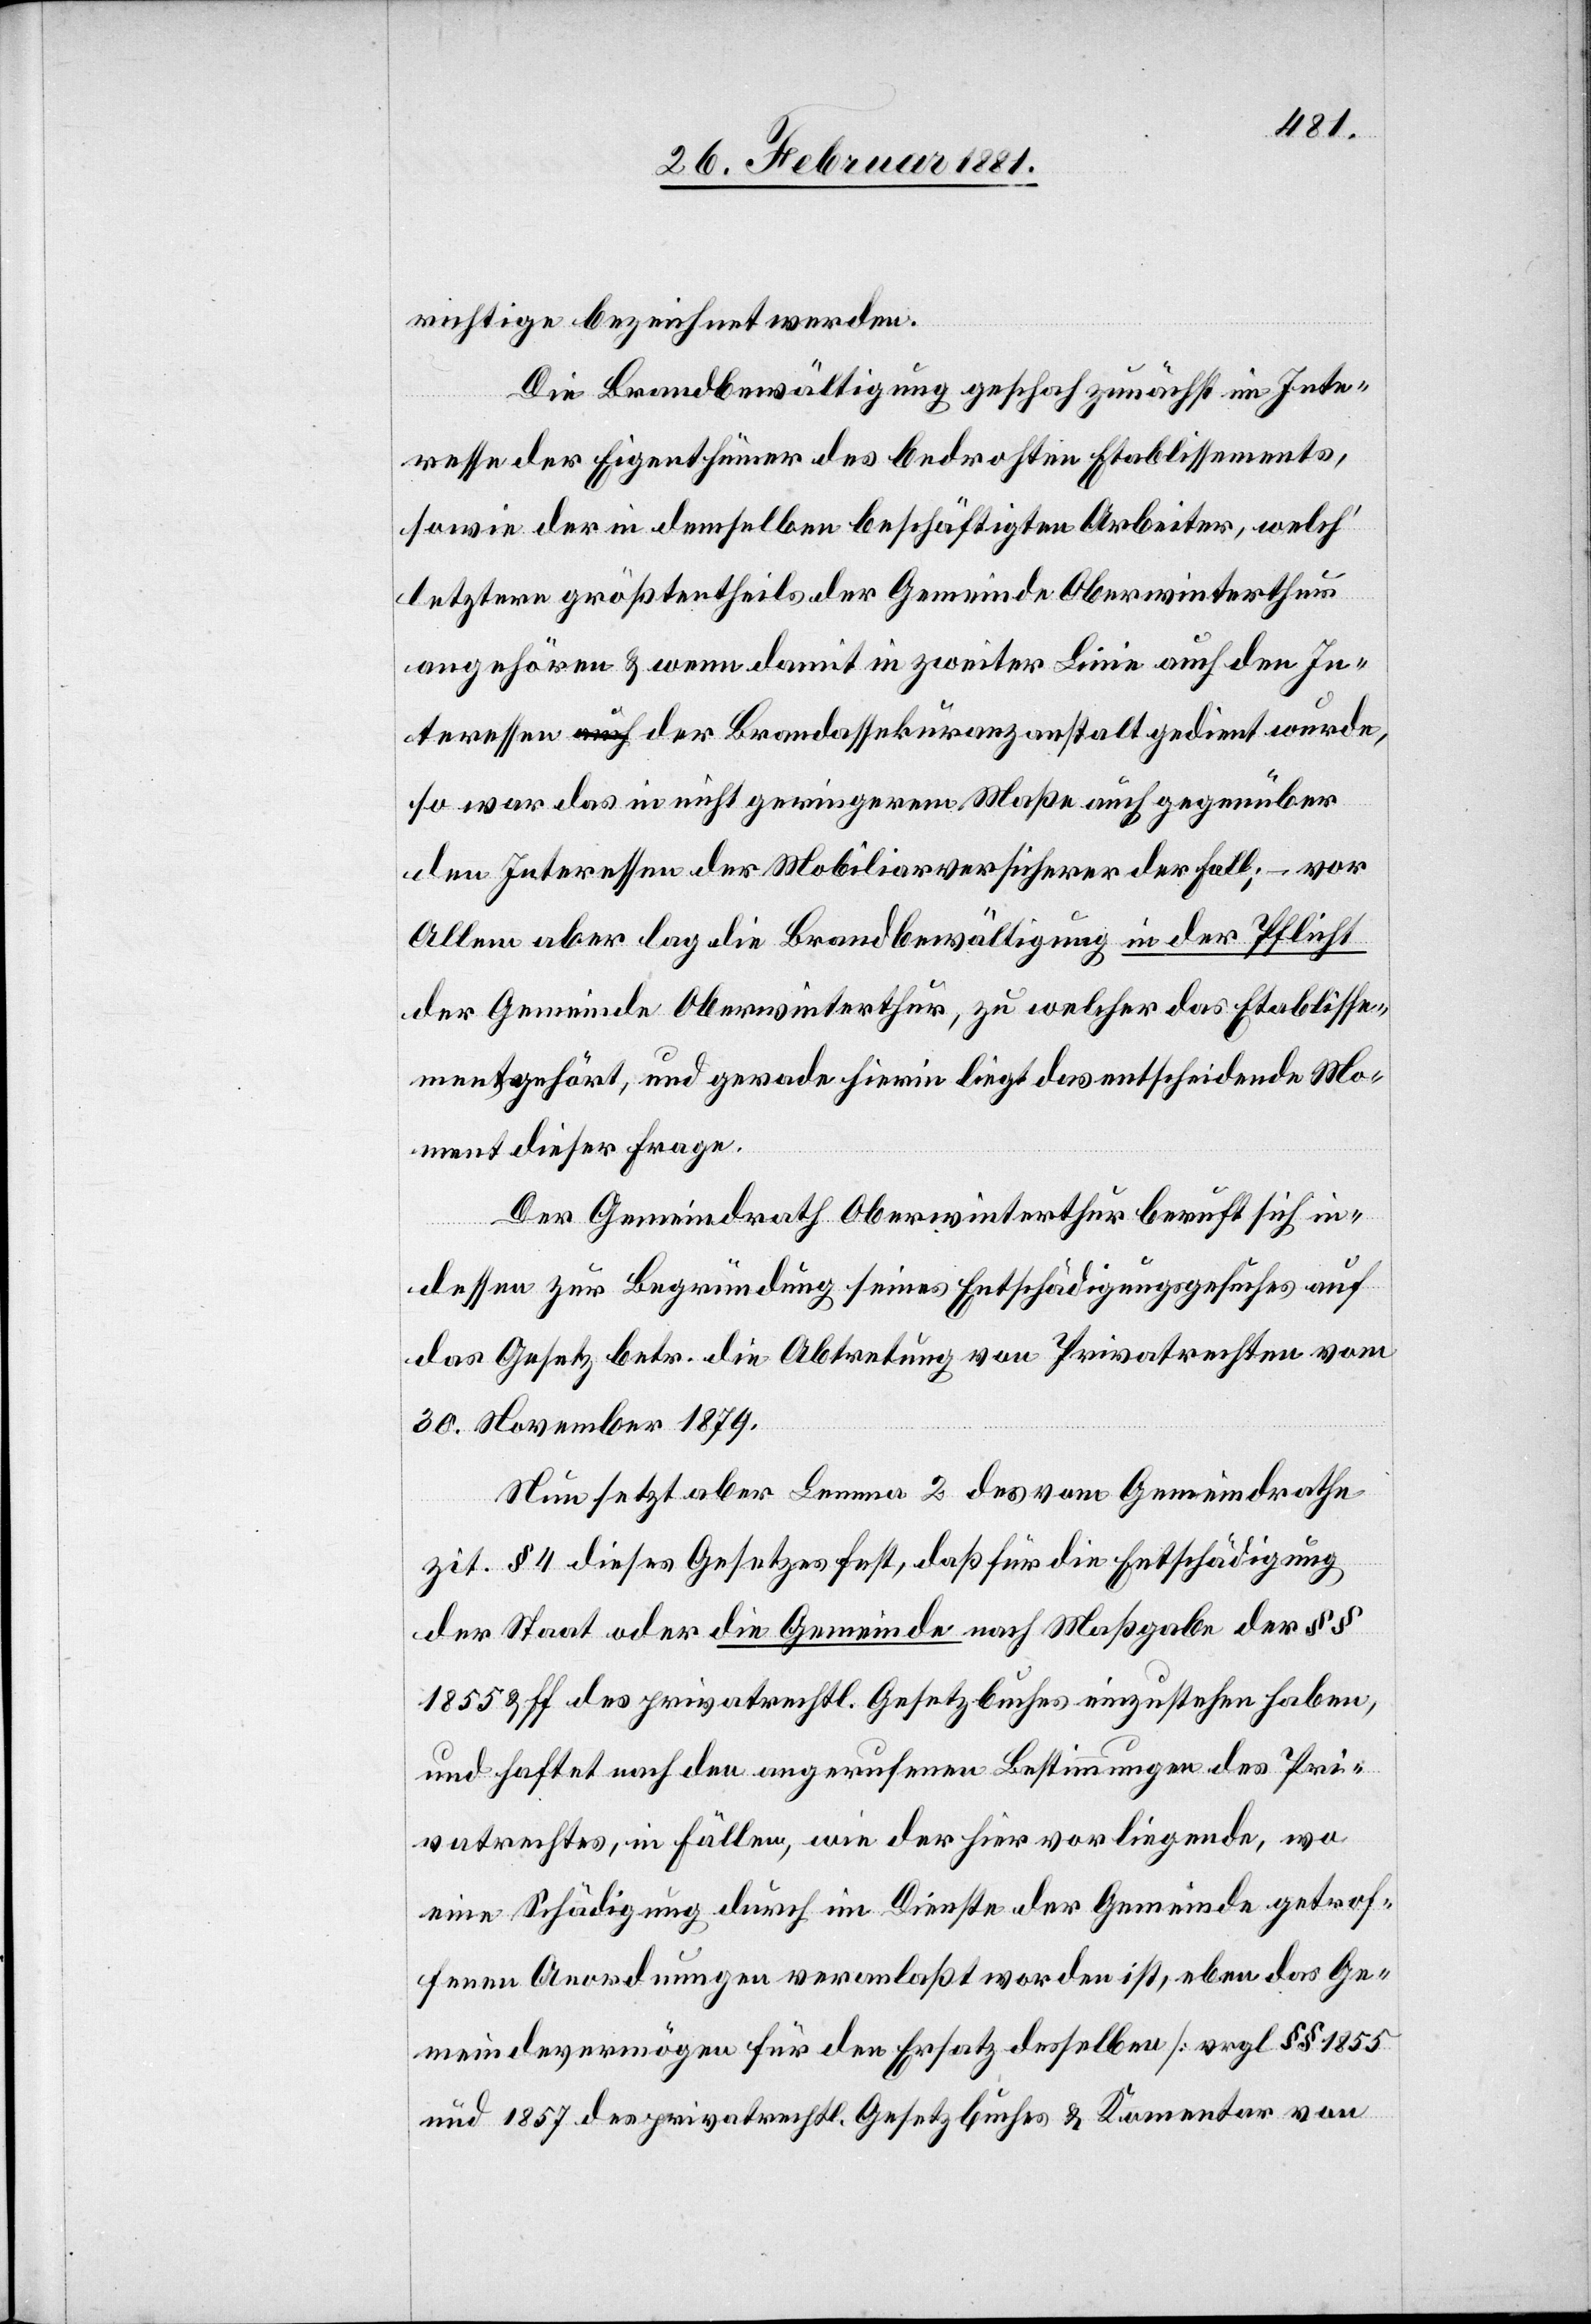
richtige bezeichnet werden.
Die Brandbewältigung geschah zunächst im Inte¬
resse der Eigenthümer des bedrohten Etablissements,
sowie der in demselben beschäftigten Arbeiter, welch‘
letztere größtentheils der Gemeinde Oberwinterthur
angehören & wenn damit in zweiter Linie auch den In¬
teressen der Brandassekuranzanstalt gedient wurde,
so war das in nicht geringerem Maße auch gegenüber
den Interessen der Mobiliarversicherer der Fall; – vor
Allem aber lag die Brandbewältigung in der Pflicht
der Gemeinde Oberwinterthur, zu welcher das Etablisse¬
ment gehört, und gerade hierin liegt das entscheidende Mo¬
ment dieser Frage.
Der Gemeindrath Oberwinterthur beruft sich in¬
dessen zur Begründung seines Entschädigungsgesuches auf
das Gesetz betr. die Abtretung von Privatrechten vom
30. November 1879.
Neu setzt aber Lemma 2 des vom Gemeindrathe
zit. § 4 dieses Gesetzes fest, daß für die Entschädigung
der Staat oder die Gemeinde nach Maßgabe der §§
1855 & ff des privatrechtl. Gesetzbuches einzustehen haben,
und haftet nach den angerufenen Bestimmungen des Pri¬
vatrechtes, in Fällen, wie der hier vorliegende, wo
eine Schädigung durch im Dienste der Gemeinde getrof¬
fene Anforderungen veranlaßt worden ist, eben das Ge¬
meindevermögen für den Ersatz desselben [vrgl. §§ 1855
und 1857 des privatrechtl. Gesetzbuches & Kom[m]entar von